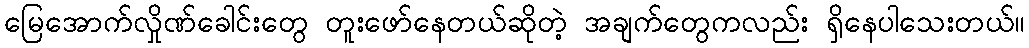
မြေအောက်လှိုဏ်ခေါင်းတွေ တူးဖော်နေတယ်ဆိုတဲ့ အချက်တွေကလည်း ရှိနေပါသေးတယ်။